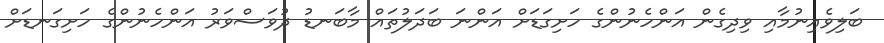
ބަލިވެއިނުމާއި ވިދިގެން އަންހެނުންގެ ހަށިގަޑަށް އަންނަ ބަދަލުތައް މާބަނޑު ދުވަސްވަރު އަންހެނުންގެ ހަށިގަނޑަށް